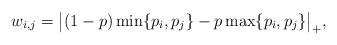
LaTeX: \begin{align*}w_{i,j}= \big{|}(1-p)\min\{p_i,p_j\} - p\max\{p_i,p_j\}\big{|}_+, \end{align*}